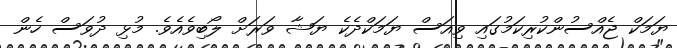
ޔަމަކް ޖެއްސުންކުރިކަމުގައި ވިއަސް ޔަމަކްދެކެ ޔަޝާ ވަރަށް ލޯބިވެއެވެ. މުޅި ދުވަސް ހެން